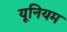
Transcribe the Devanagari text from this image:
यूनियम